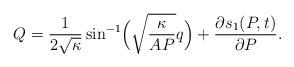
LaTeX: \begin{align*}Q=\frac{1}{2\sqrt{\kappa}}\sin^{-1}\Bigl(\sqrt{\frac{\kappa}{A P}}q\Bigr)+\frac{\partial s_{1}(P,t)}{\partial P} .\end{align*}